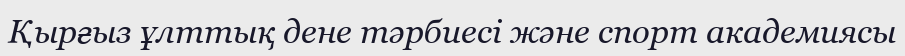
Қырғыз ұлттық дене тәрбиесі және спорт академиясы